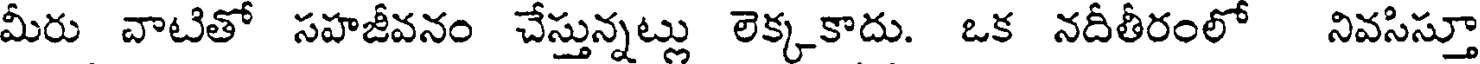
మీరు వాటితో సహజీవనం చేస్తున్నట్లు లెక్కకాదు. ఒక నదీతీరంలో నివసిస్తూ